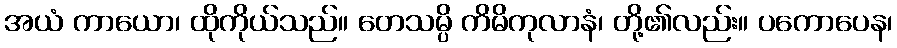
အယံ ကာယော၊ ထိုကိုယ်သည်။ တေသမ္ပိ ကိမိကုလာနံ၊ တို့၏လည်း။ ပကောပေန၊